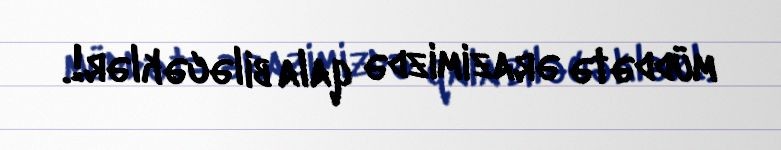
müddətə ərazimizdə qala biləcəklər!.